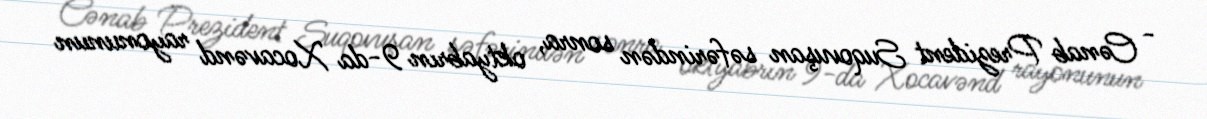
- Cənab Prezident Suqovuşan səfərindən sonra, oktyabrın 9-da Xocavənd rayonunun